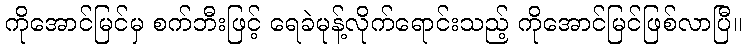
ကိုအောင်မြင်မှ စက်ဘီးဖြင့် ရေခဲမုန့်လိုက်ရောင်းသည့် ကိုအောင်မြင်ဖြစ်လာပြီ။